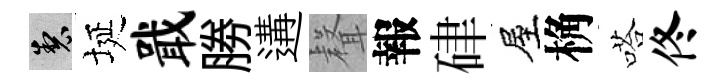
製埏戢勝遘𮋻報硉屋桷嗒佟